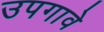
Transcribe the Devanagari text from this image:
उपगावे